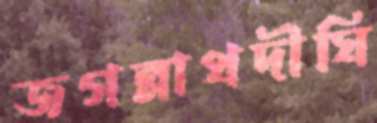
জগন্নাথদীঘি